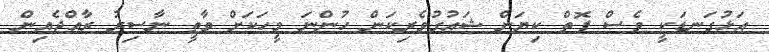
އަޅުގަނޑަކީ ވެސް ފޮތް ކިޔަން ޝައުގުވެރިކަން ހުންނަ މީހަކަށް ވާތީ ނާސިރު ރާއްޖެއިން